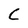
Character: C